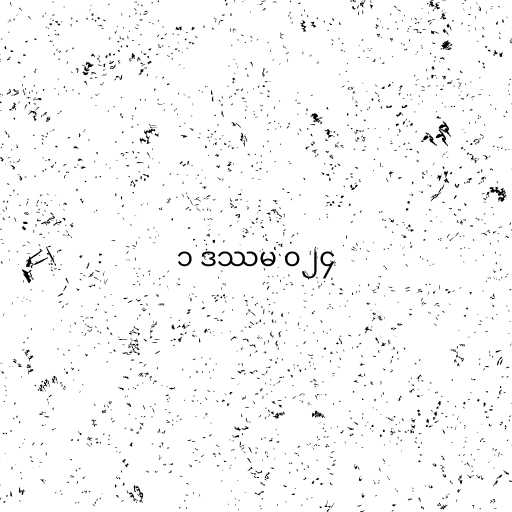
၁ ဒဿမ ၀၂၄